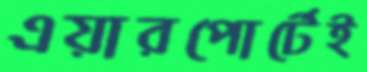
এয়ারপোর্টেই